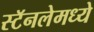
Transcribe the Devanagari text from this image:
स्टॅनलेमध्ये